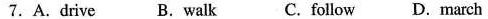
7.A.Drive B.Walk C. Follow D. March